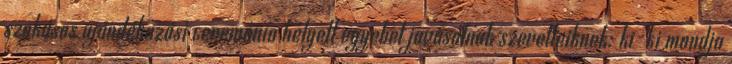
szokásos ajándékozási ceremónia helyett egyebet javasolnak szeretteiknek: ki-ki mondja